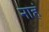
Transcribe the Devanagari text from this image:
नाहं